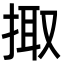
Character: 掫